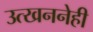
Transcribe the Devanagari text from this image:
उत्खननेही